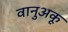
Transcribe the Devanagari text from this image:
वानुअकू